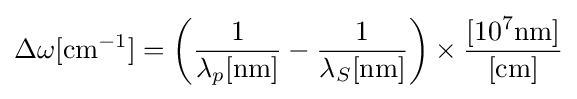
\Delta \omega [\mathrm {cm} ^{-1}]=\left({\frac {1}{\lambda _{p}[\mathrm {nm} ]}}-{\frac {1}{\lambda _{S}[\mathrm {nm} ]}}\right)\times {\frac {[10^{7}\mathrm {nm} ]}{[\mathrm {cm} ]}}